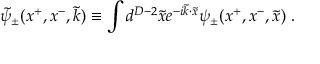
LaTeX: \widetilde { \psi } _ { \pm } ( x ^ { + } , x ^ { - } , \widetilde { k } ) \equiv \int d ^ { D - 2 } \widetilde { x } e ^ { - i \widetilde { k } \cdot \widetilde { x } } \psi _ { \pm } ( x ^ { + } , x ^ { - } , \widetilde { x } ) \; .